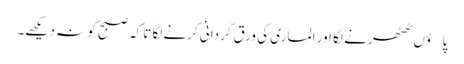
پاؤں ٹھٹھرنے لگا اور الماری کی ورق گردانی کرنے لگا تاکہ صبح کو نہ دیکھے۔